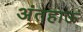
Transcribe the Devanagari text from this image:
अंतहाऊं